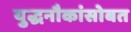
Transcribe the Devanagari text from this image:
युद्धनौकांसोबत